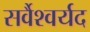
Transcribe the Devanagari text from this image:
सर्वैश्‍वर्यद